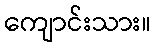
ကျောင်းသား။